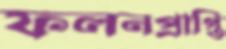
ফলনপ্রাপ্তি